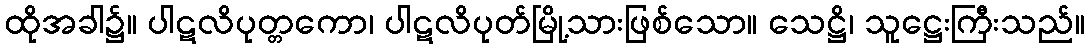
ထိုအခါ၌။ ပါဋလိပုတ္တကော၊ ပါဋလိပုတ်မြို့သားဖြစ်သော။ သေဋ္ဌိ၊ သူဋ္ဌေးကြီးသည်။